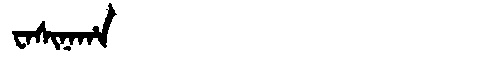
Manchu: ᠸᠠᠰᡳᠨᠠᡥᠠ
Romanization: WASINAHA